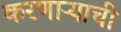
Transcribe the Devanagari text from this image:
करणाऱ्याची